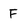
Character: F